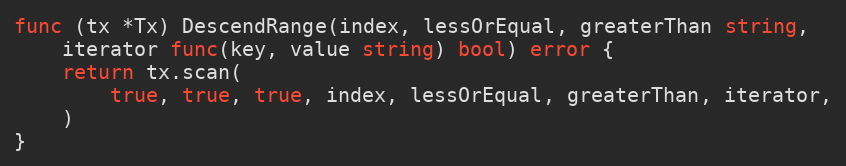
Language: Go
func (tx *Tx) DescendRange(index, lessOrEqual, greaterThan string,
	iterator func(key, value string) bool) error {
	return tx.scan(
		true, true, true, index, lessOrEqual, greaterThan, iterator,
	)
}